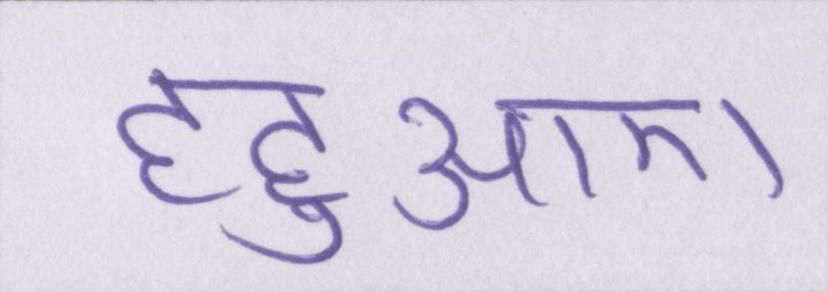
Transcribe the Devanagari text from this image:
हहुआए